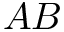
A B